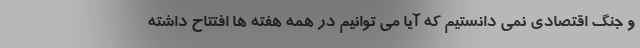
و جنگ اقتصادی نمی دانستیم که آیا می توانیم در همه هفته ها افتتاح داشته